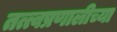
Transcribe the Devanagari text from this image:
तत्त्वप्रणालीच्या